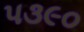
પ૩૯૦